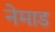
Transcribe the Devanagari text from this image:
नेमाड